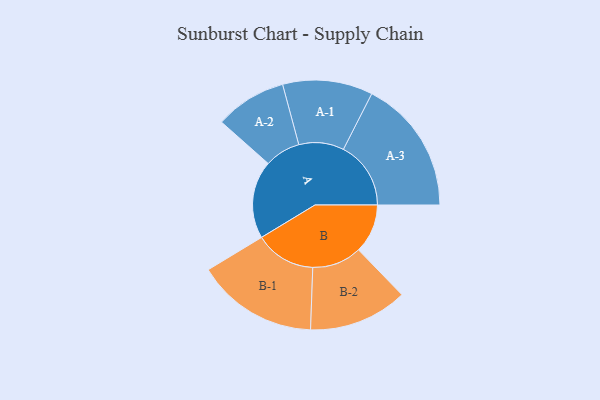
{"axis": {"x": "Segment", "y": "Value"}, "legend": ["", "A", "B"], "data": [{"x": "A", "y": 268, "type": ""}, {"x": "B", "y": 169, "type": ""}, {"x": "A-1", "y": 155, "type": "A"}, {"x": "A-2", "y": 123, "type": "A"}, {"x": "A-3", "y": 232, "type": "A"}, {"x": "B-1", "y": 209, "type": "B"}, {"x": "B-2", "y": 170, "type": "B"}]}